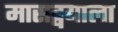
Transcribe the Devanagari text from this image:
मासद्वयाला